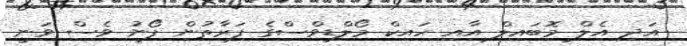
އަދި އެލް މޮބައިލް އާއި ހައިކް މޯލްޑިވްސްގެ ފަރާތުން ފޯނު ވެސް ވަނީ